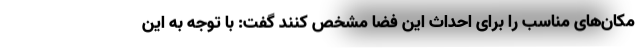
مکان‌های مناسب را برای احداث این فضا مشخص کنند گفت: با توجه به این